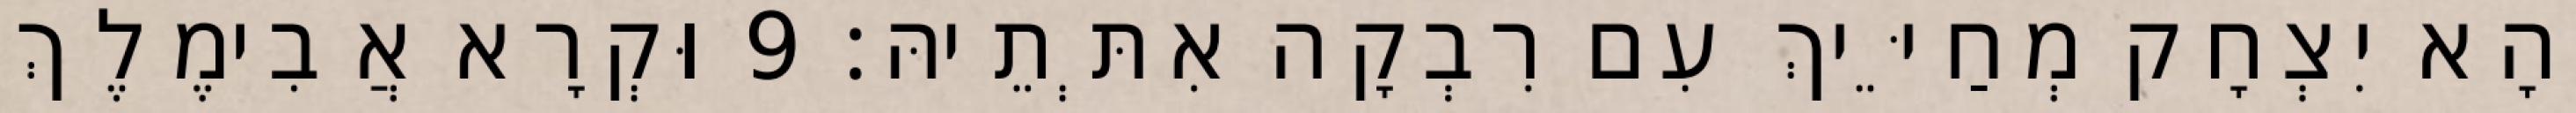
וְהָא יִצְחָק מְחַיֵּיךְ עִם רִבְקָה אִתְּתֵיהּ׃ 9 וּקְרָא אֲבִימֶלֶךְ